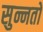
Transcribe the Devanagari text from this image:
सुन्नतों